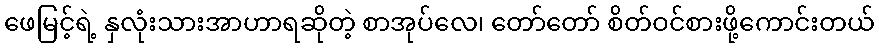
ဖေမြင့်ရဲ့ နှလုံးသားအာဟာရဆိုတဲ့ စာအုပ်လေ၊ တော်တော် စိတ်ဝင်စားဖို့ကောင်းတယ်